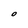
Character: O